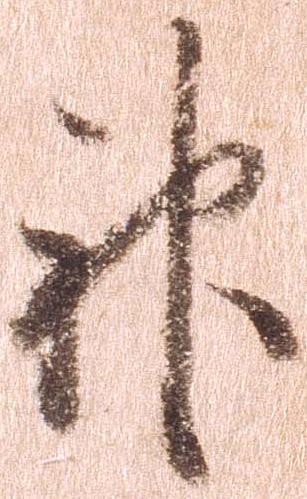
神